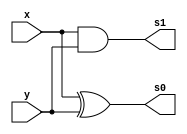
// ------------------------- 
// Exemplo0055  Soma e Subtracao (Maior,Menor,Igual)
// Nome: Mateus Augusto Moraes Ferreira  
// ------------------------- 
//  soma e subtracao (maior menor igual)
// ------------------------- 
module half_adder (output s0,	 
                 output s1,  
                 input x,  
                 input y); 


and AND1(s1,x,y);
xor XOR1(s0,x,y);

endmodule 

// ------------------------- 
module full_adder (output s0,	 
                   output s1,  
                   input x,  
                   input y,  
                   input c_in); 
 

wire half_adder1[0:1];
wire half_adder2[0:1];

half_adder porta1(half_adder1[1],half_adder1[0],x,y);
half_adder porta2(half_adder2[1],half_adder2[0],half_adder1[1],c_in);

assign s0 = half_adder2[1];
or(s1,half_adder1[0],half_adder2[0]);
 
endmodule 
//---------------------------------
module somachave (output s0,
                  output s1,
						input x,
						input y,
						input c_in,
						input selecionador);
						
wire XOR1;
xor XOR_g(XOR1,y,selecionador);
full_adder Sum(s0,s1,x,XOR1,c_in);	

endmodule
//---------------------------------
module somacompleta6(output[5:0] s0,
						   input[5:0] x,
						   input[5:0] y,
						   input chave);
						 
						 
      wire [5:0] w; 
      wire [5:0] z;      
      wire c1;
		wire c2;
		wire c3;
		wire c4;
		wire c5;
		wire c6;
					
		somachave soma1(s0[0],c1,x[0],y[0],chave,chave);
		somachave soma2(s0[1],c2,x[1],y[1],c1,chave);
		somachave soma3(s0[2],c3,x[2],y[2],c2,chave);
		somachave soma4(s0[3],c4,x[3],y[3],c3,chave);
		somachave soma5(s0[4],c5,x[4],y[4],c4,chave);
		somachave soma6(s0[5],c6,x[5],y[5],c5,chave);	
		
		endmodule	
// -------------------------------------------------------------	

module and_6bits (output s0,	
                  input[5:0] x);

assign s0 = x[0] & x[1] & x[2] & x[3] & x[4] & x[5];

endmodule

// ----------------------------------------------------------

module or_6bits (output s0,	
                 input[5:0] x);

assign s0 = x[0] | x[1] | x[2] | x[3] | x[4] | x[5];

endmodule


// -----------------------------------------------------------

module igual (output s0,	       
              input[5:0] x,  
              input[5:0] y); 
 
wire w0;
wire w1;
wire w2;
wire w3;
wire w4;
wire w5;
wire[5:0] w;

xnor(w0,x[0],y[0]);
xnor(w1,x[1],y[1]);
xnor(w2,x[2],y[2]);
xnor(w3,x[3],y[3]);
xnor(w4,x[4],y[4]);
xnor(w5,x[5],y[5]);

assign w[0] = w0;
assign w[1] = w1;
assign w[2] = w2;
assign w[3] = w3;
assign w[4] = w4;
assign w[5] = w5;

and_6bits a6 (s0,w);

endmodule

//----------------------------------------------------------

module maior (output s0,	       
                input[5:0] x,  
                input[5:0] y); 
 
wire w0;
wire w1;
wire w2;
wire w3;
wire w4;
wire w5;
wire[5:0] w;

and(w0,x[0],~y[0]);
and(w1,x[1],~y[1]);
and(w2,x[2],~y[2]);
and(w3,x[3],~y[3]);
and(w4,x[4],~y[4]);
and(w5,x[5],~y[5]);

assign w[0] = w0;
assign w[1] = w1;
assign w[2] = w2;
assign w[3] = w3;
assign w[4] = w4;
assign w[5] = w5;

or_6bits o6 (s0,w);

endmodule

// ---------------------------------------------------------------

module menor (output s0,	       
             input[5:0] x,  
             input[5:0] y); 
				 
wire w0;
wire w1;
wire w2;
wire w3;
wire w4;
wire w5;
wire[5:0] w;

and(w0,~x[0],y[0]);
and(w1,~x[1],y[1]);
and(w2,~x[2],y[2]);
and(w3,~x[3],y[3]);
and(w4,~x[4],y[4]);
and(w5,~x[5],y[5]);

assign w[0] = w0;
assign w[1] = w1;
assign w[2] = w2;
assign w[3] = w3;
assign w[4] = w4;
assign w[5] = w5;

or_6bits o6 (s0,w);

endmodule

// ---------------------------------------------------------
module mux (output s0,	 
            input[1:0] chave,  
            input[5:0] x,  
            input[5:0] y); 
				
wire e0;
wire g0;
wire l0;

wire and1;
wire and2;
wire and3;

wire or1;

igual igual1(e0,x,y);
maior maior1(g0,x,y);
menor menor1(l0,x,y);

and(and1,e0,~chave[0],~chave[1]);
and(and2,g0,chave[0],~chave[1]);
and(and3,l0,~chave[0],chave[1]);

or(or1,and1,and2);
or(s0,or1,and3);


 
endmodule 

module test_selecionar; 
// ------------------------------------
      reg[5:0] x;
		reg[5:0] w;
		reg[1:0] chave;
		
		wire c;

		mux m1(c,chave,x,w);		

// ------------------------- ---------------------------------------
 initial begin 
      
		$display("Exemplo0054"); 
      $display("Mateus Augusto Moraes Ferreira");
		$display("Maior Menor Igual");
		
		x=6'b100011; w=6'b101011; chave = 2'b00;	
		#1 $display("Igual:(%b = %b) %b",x,w,c);
		
		x=6'b101011; w=6'b111110;	chave = 2'b01;
		#2 $display("Maior:(%b > %b) %b",x,w,c);
		
		x=6'b101111; w=6'b110110;	chave = 2'b10;
		#3 $display("Menor:(%b < %b) %b",x,w,c);

 end 
 
endmodule